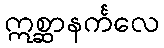
ဣစ္ဆာနင်္ကလေ